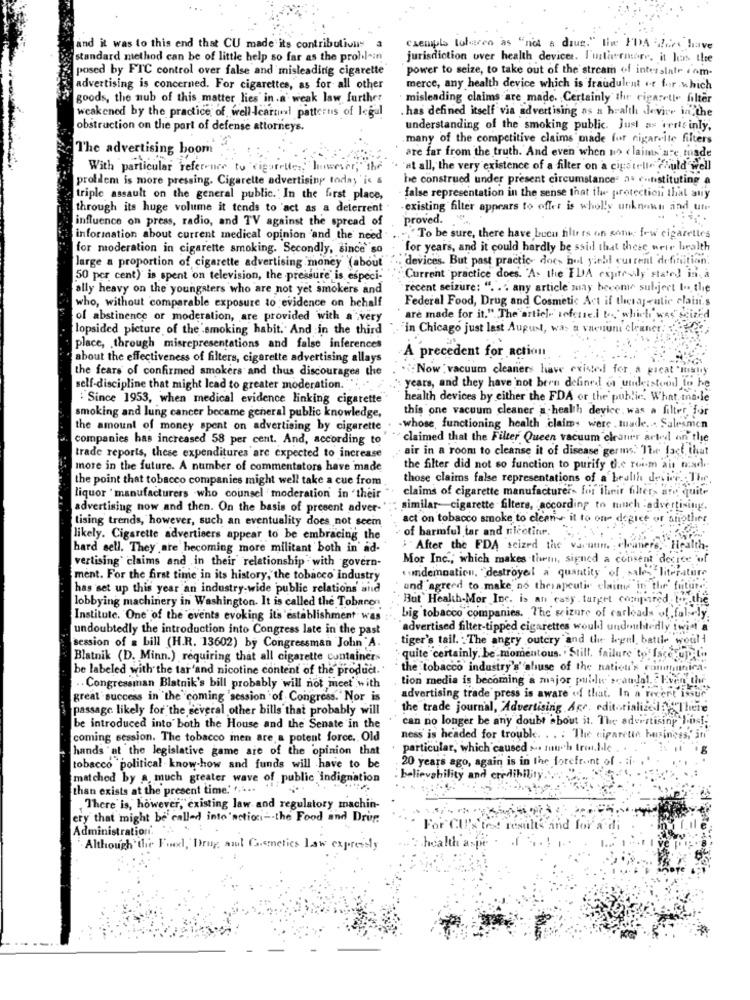
and it was to this end that CU made its contributions a
exemplo lokeren as "not a drug." the FDA dire have
standard method can be of little help so far as the prol.l-in
jurisdiction over health devices. I'mstarmore, it Jos the
posed by FTC control over false and misleading cigarette
power to seize, to take out of the stream of interstate . om-
advertising is concerned. For cigarettes, as for all other
merce, any health device which is fraudulent +-t for .which
goods, the nub of this matter lies in.a weak law further
misleading claims are made. Certainly the cigaretl. filter
weakened by the practice of well Icarnel patterns of legal
has defined itself via advertising as a health device in the
obstruction on the part of defense attorneys.
understanding of the smoking public. Just as verts inly,
many of the competitive claims made for cigarvite filters
The advertising boom
are far from the truth. And even when no claims are made
With particular reference to cigarettes; however, the
'at all, the very existence of a filter on a cigarell. fuld well
prolidem is more pressing. Cigarette advertising today 'is
he construed under present circumstance" as constituting a
triple assault on the general public.' In the first place,
false representation in the sense that the protection that any
through its huge volume it tends to act as a deterrent
-existing filter appears to offer is wholly unknown and un-
influence on press, radio, and TV against the spread of
proved.
information about current medical opinion 'and the' need
.To be sure, there have bucu filtr ts on sont; fow cigarettes
for moderation in cigarette smoking. Secondly, since so
for years, and it could hardly be said that these wrie health
devices. But past practic- does but yield current definition.
large a proportion of cigarette advertising money (about
50 per cent) is spent on television, the pressure" is especi-
Current practice does. A. the FDA expressly stated in a
ally heavy on the youngsters who are not yet smokers and
"recent seizure: ". .. any article may become subject to the
Federal Food, Drug and Cosmetic Act if therapeutic claini.s
who, without comparable exposure to evidence on behalf
of abstinence or moderation, are provided with a very
are made for it." The article referred to."which was seized
lopsided picture of the smoking habit. And in the third
in Chicago just last August, was a vacuum cleaner ferie,
place, . through misrepresentations and false inferences
about the effectiveness of filters, cigarette advertising allays
A precedent for action
the fears of confirmed smokers and thus discourages the
Now : vacuum cleaners have existed for a great many
self-discipline that might lead to greater moderation.
years, and they have not been defined or understood to be
:"Since 1953, when medical evidence linking cigarette"
health devices by either the FDA or the public. What made
this one vacuum cleaner a health device was a filter, for
smoking and lung cancer became general public knowledge,
the amount of money spent on advertising by cigarette
-whose, functioning health claims were . tuade ... Salesmen
companies has increased 58 per cent. And, according to
claimed that the Filter Queen vacuum cleaner arte on the
air in a room to cleanse it of disease germs. The fact that
trade reports, these expenditures are expected to increase
more in the future. A number of commentators have made
the filter did not so function to purify his room and mad
the point that tobacco companies might well take a cue from
those claims false representations of a health device. Thr
claims of cigarette manufacturer~ for ilrit filter> are quite
liquor 'manufacturers who counsel moderation in 'their
advertising now and then. On the basis of present adver-"
similar- cigarette filters, according to much :advertising.
tising trends, however, such an eventuality does not seem
act on tobacco smoke to clean- it to our depict or stiother
likely. Cigarette advertisers appear to be embracing the
of harmful tar and nicotine. ,
hard sell. They are becoming more militant both in' ad-
" After the FDA seized the vacuum. : cleaners, Health:
Mor Inc ., which makes them, signed a consent desice of
vertising claims and in their relationship with govern-
ment. For the first time in its history, the tobacco industry
undemnation, "destroyel a quantity of sales literature
has set up this year an industry-wide public relations and
und agreed to make no therapeutic elaine in the' future
But Health-Mor Inc. is an easy target compared to the
lobbying machinery in Washington. It is called the Tobaron
Institute. One of the events evoking it's establishment was
big tobacco companies. The seizure of carleads of falsely.
undoubtedly the introduction into Congress late in the past
"advertised filter-tipped cigarettes would undoubtedly twist a
tiger's tail. The angry outcry and the legal, battle would
session of a bill (H.R. 13602) by Congressman John A.
Blatnik (D. Minn.) requiring that all cigarette containers
quite certainly. be momentous. . Still. failure to face u)
be labeled with the tar 'and nicotine content of the product.
the tobacco industry's" ahuse of the nation's communica-
tion media is becoming a major public scandal, Even the
Congressman Blatnik's bill probably will not meet with
great success in the coming 'session of Congress." Nor is
advertising trade press is aware of that. In a recent issue
passage likely for the several other bills that probably will
the trade journal, Advertising Age. editorialized "There
can no longer be any doubt about it. The advertising Just:
be introduced into both the House and the Senate in the
coming session. The tobacco men are a potent force. Old
ness is headed for trouble. . . . The ciparetin business," in"
hands "at the legislative game are of the opinion that
particular, which caused a much trouble ..
20 years ago, again is in the forefront of . : i.
tobacco political know-how and funds will have to be
matched by a. much greater wave of public indignation
: believability and credibility.
than exists at the present time.' " .... '
There is, however, existing law and regulatory machin-
ery that might be called into 'action -- the Food and Drug.
Administration. .. .
For CUI'x'test results and for a di
Although the Finxl, Drug sut Genetics Law expressly
health aspe